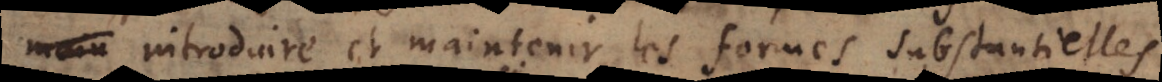
introduire et maintenir les formes substantielles